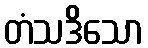
တံသဒိသော